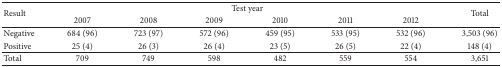
<table><thead><tr><td rowspan="2"><b>Result</b></td><td colspan="6"><b>Test year</b></td><td rowspan="2"><b>Total</b></td></tr><tr><td><b>2007</b></td><td><b>2008</b></td><td><b>2009</b></td><td><b>2010</b></td><td><b>2011</b></td><td><b>2012</b></td></tr></thead><tbody><tr><td>Negative</td><td>684 (96)</td><td>723 (97)</td><td>572 (96)</td><td>459 (95)</td><td>533 (95)</td><td>532 (96)</td><td>3,503 (96)</td></tr><tr><td>Positive</td><td>25 (4)</td><td>26 (3)</td><td>26 (4)</td><td>23 (5)</td><td>26 (5)</td><td>22 (4)</td><td>148 (4)</td></tr><tr><td>Total</td><td>709 </td><td>749 </td><td>598 </td><td>482 </td><td>559</td><td>554</td><td>3,651</td></tr></tbody></table>